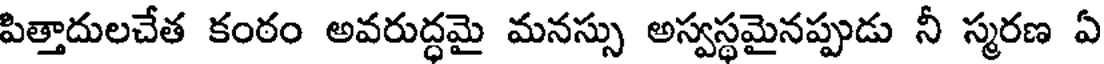
పిత్తాదులచేత కంఠం అవరుద్ధమై మనస్సు అస్వస్థమైనప్పుడు నీ స్మరణ ఏ